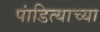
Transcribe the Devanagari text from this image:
पांडित्याच्या